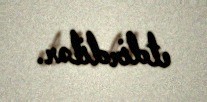
etdirdilər.